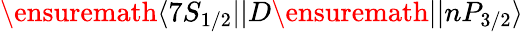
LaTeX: \ensuremath{\langle 7S_{1/2}||}D\ensuremath{||nP_{3/2}\rangle}